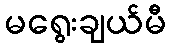
မရွေးချယ်မီ